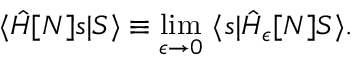
\langle \hat { H } [ N ] s | S \rangle \equiv \operatorname * { l i m } _ { \epsilon \to 0 } \ \langle s | \hat { H } _ { \epsilon } [ N ] S \rangle .